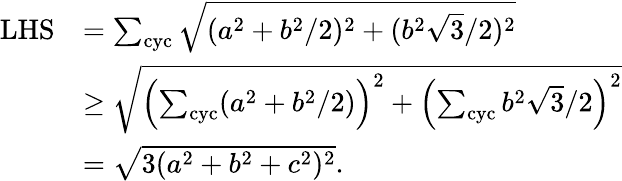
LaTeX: \begin{array}{rl}{\mathrm{LHS}}&{=\sum_{\mathrm{cyc}}\sqrt{(a^{2}+b^{2}/2)^{2}+(b^{2}\sqrt{3}/2)^{2}}}\\ &{\ge\sqrt{\left(\sum_{\mathrm{cyc}}(a^{2}+b^{2}/2)\right)^{2}+\left(\sum_{\mathrm{cyc}}b^{2}\sqrt{3}/2\right)^{2}}}\\ &{=\sqrt{3(a^{2}+b^{2}+c^{2})^{2}}.}\end{array}